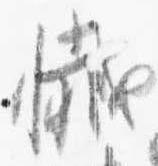
懺